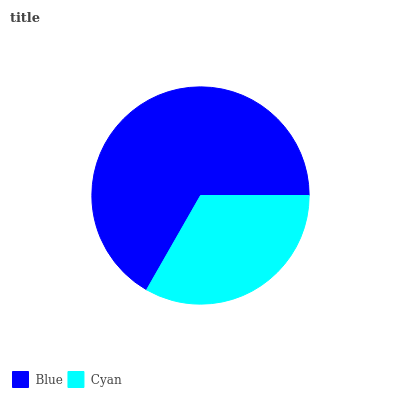
| Blue | Cyan |
 | --- | --- |
 | 66.7% | 33.3% |